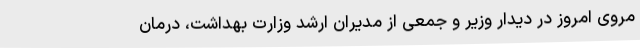
مروی امروز در دیدار وزیر و جمعی از مدیران ارشد وزارت بهداشت، درمان